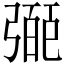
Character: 𢐝